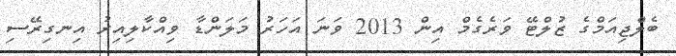
ބެލްޖިއަމްގެ ޒުލްޓޭ ވަރެގެމް އިން 2013 ވަނަ އަހަރު މަލަންޑާ ވިއްކާލިއިރު އިނގިރޭސި